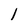
Character: l